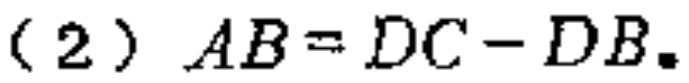
（2）$AB = DC - DB$.